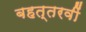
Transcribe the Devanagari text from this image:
बहत्तरवीं